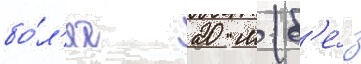
бо́л'ее 20 м (б'е́з